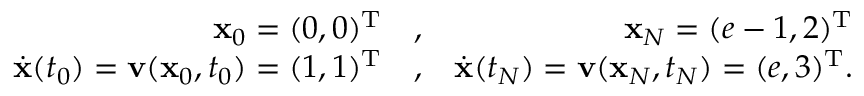
\begin{array} { r l r } { { \mathbf x } _ { 0 } = ( 0 , 0 ) ^ { { \mathrm T } } } & { { } , } & { { \mathbf x } _ { N } = ( e - 1 , 2 ) ^ { { \mathrm T } } } \\ { \dot { { \mathbf x } } ( t _ { 0 } ) = { \mathbf v } ( { \mathbf x } _ { 0 } , t _ { 0 } ) = ( 1 , 1 ) ^ { { \mathrm T } } } & { { } , } & { \dot { { \mathbf x } } ( t _ { N } ) = { \mathbf v } ( { \mathbf x } _ { N } , t _ { N } ) = ( e , 3 ) ^ { { \mathrm T } } . } \end{array}